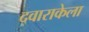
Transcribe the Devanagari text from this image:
द्वाराकेला